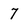
Character: 7